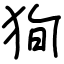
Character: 狥